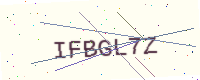
Text: IFBGL7Z